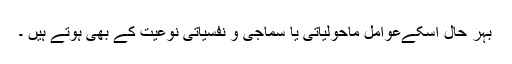
بہر حال اسکےعوامل ماحولیاتی یا سماجی و نفسیاتی نوعیت کے بھی ہوتے ہیں ۔